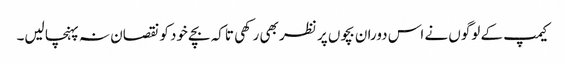
کیمپ کے لوگوں نے اس دوران بچوں پر نظر بھی رکھی تاکہ بچے خود کو نقصان نہ پہنچا لیں۔